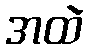
အထဲ